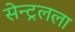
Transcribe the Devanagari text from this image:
सेन्ट्रलला